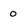
Character: 0